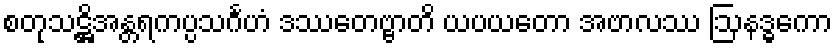
စတုသဋ္ဌိအန္တရကပ္ပသင်္ဂဟံ ဒဿေတဗ္ဗာတိ ယပယတော အဗာလဿ ဩနဒ္ဓကော